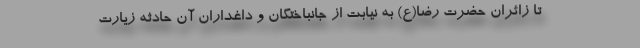
تا زائران حضرت رضا(ع) به نیابت از جانباختگان و داغداران آن حادثه زیارت